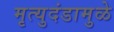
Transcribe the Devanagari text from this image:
मृत्युदंडामुळे